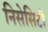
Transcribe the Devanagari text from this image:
निसेसिटी